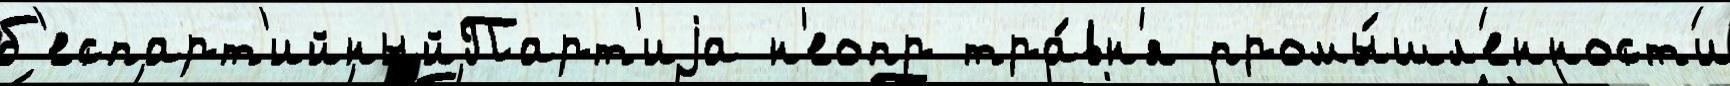
б'еспарт'ийныйПарт'иjа н'еопр тра́вн'я промы́шл'енност'и